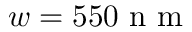
w = 5 5 0 \mathrm { ~ n ~ m ~ }